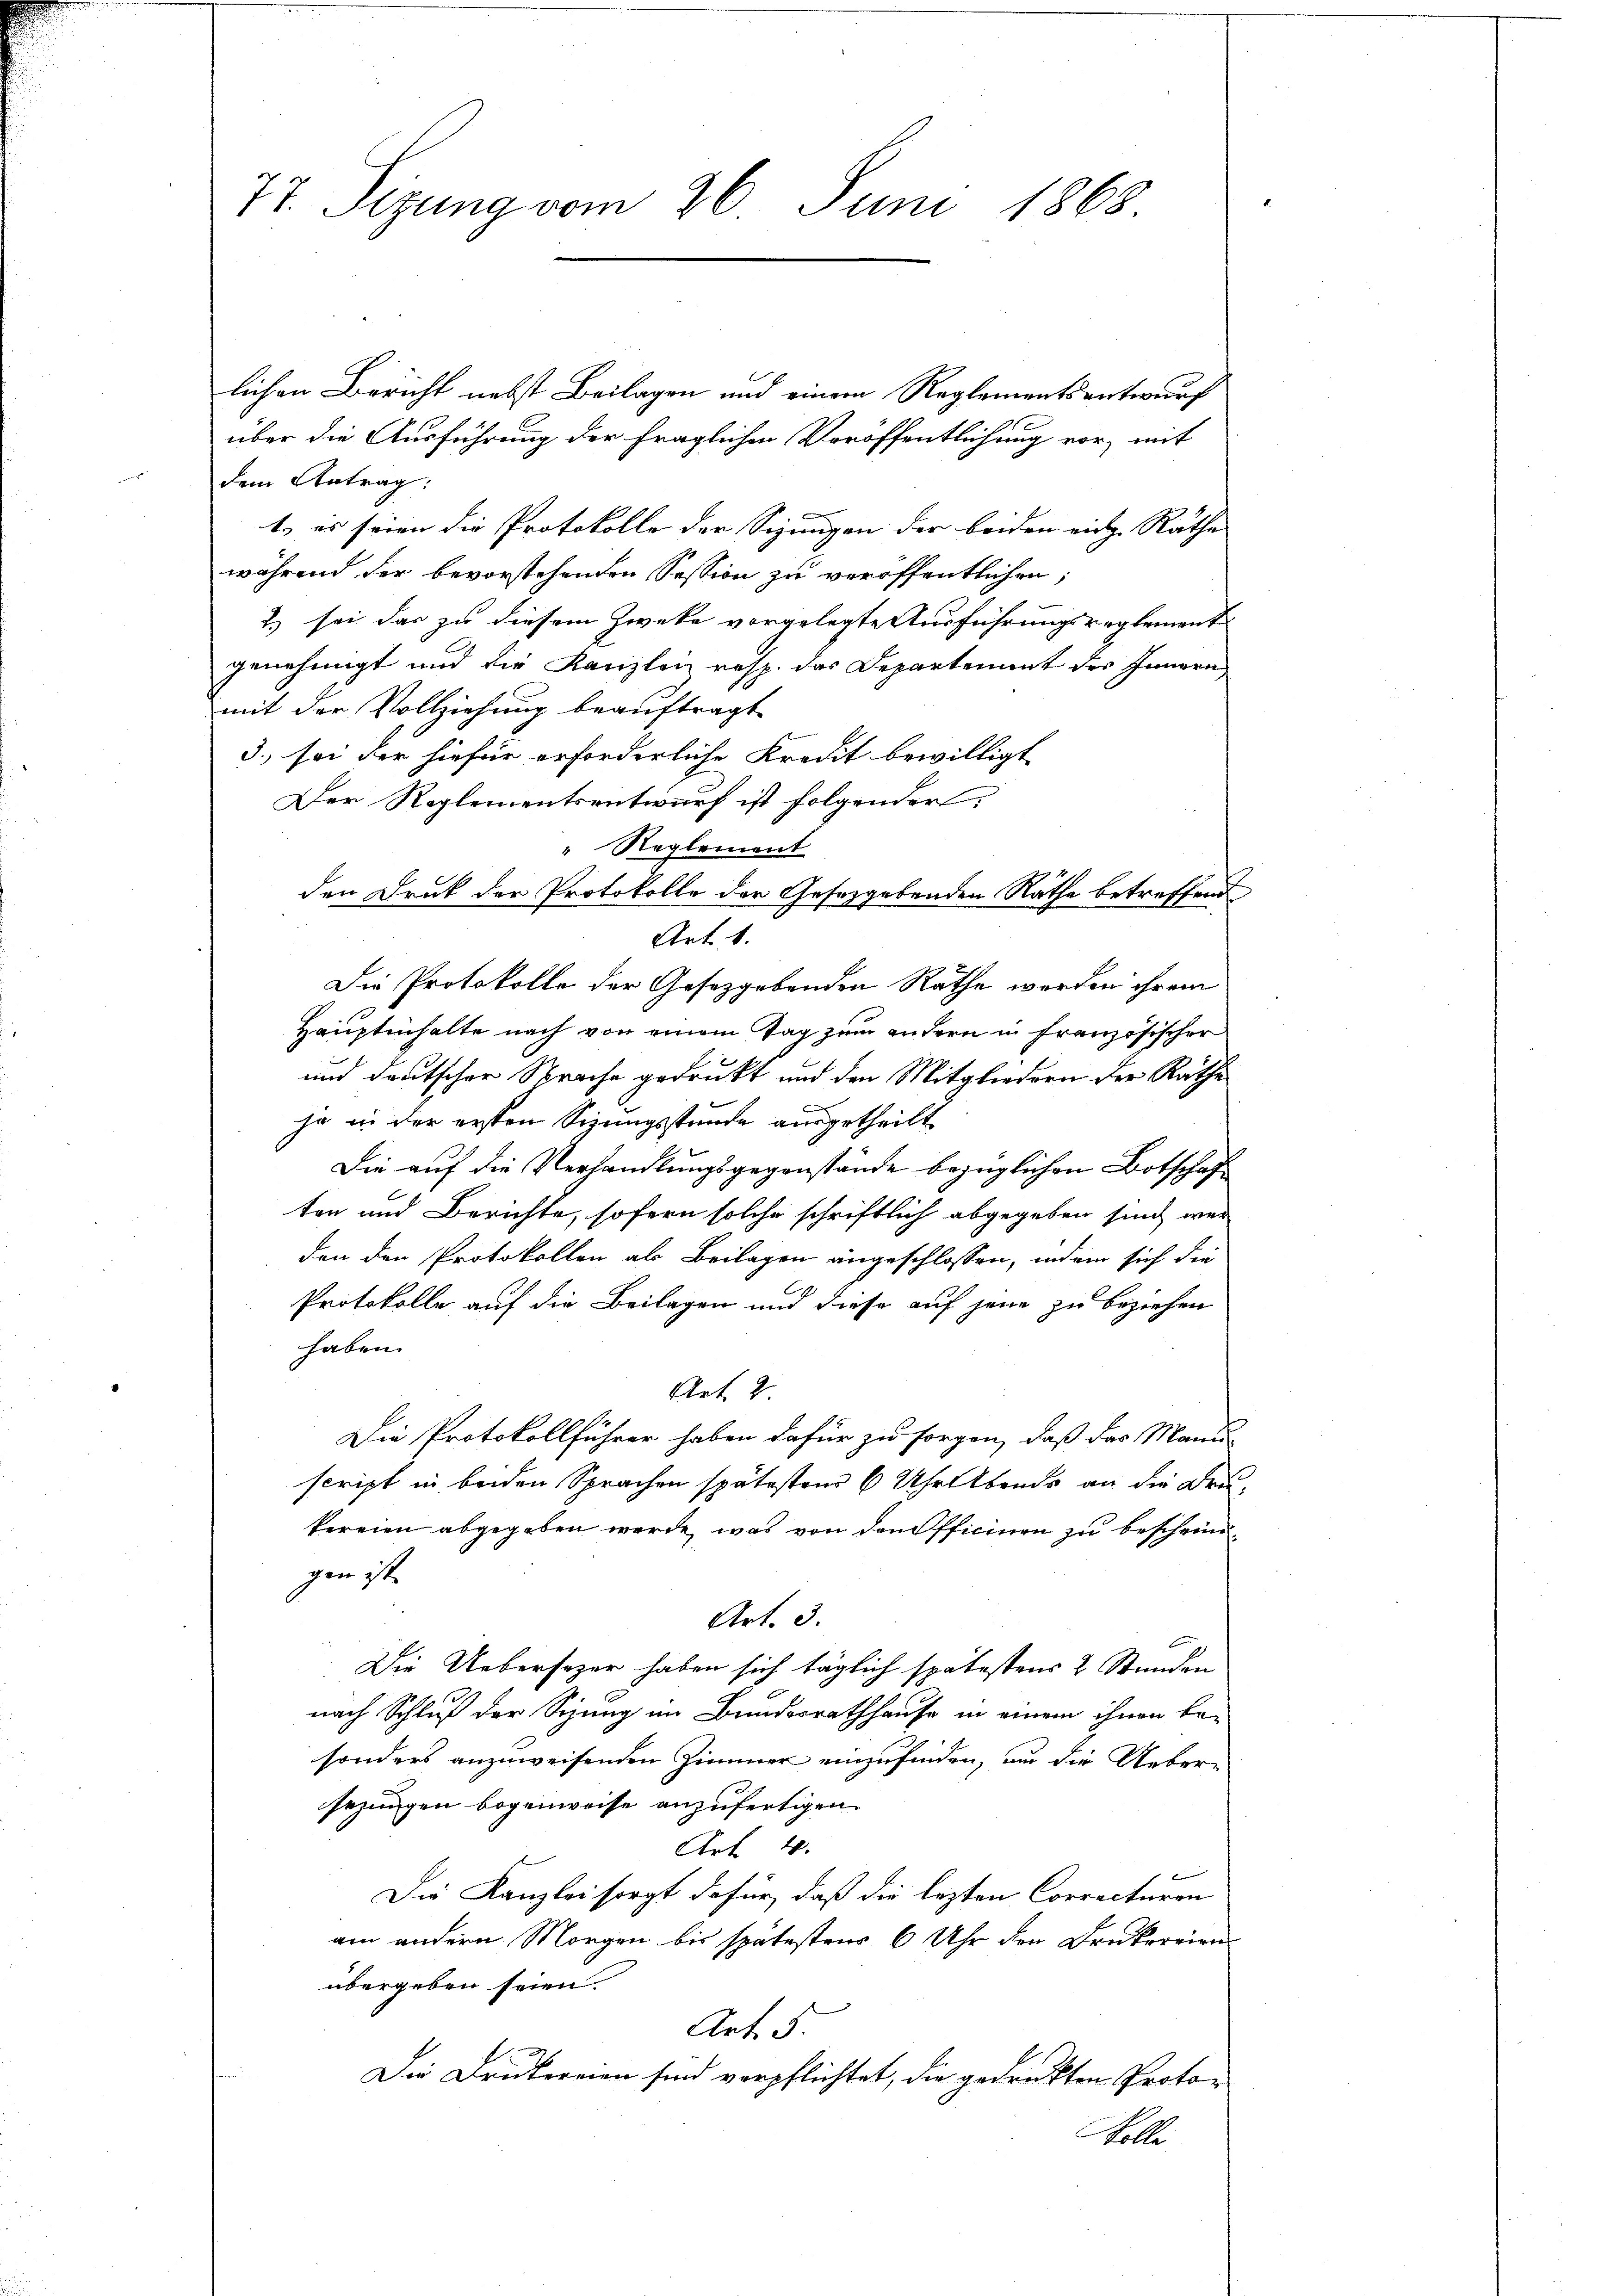
lichen Bericht nebst Beilagen und einem Reglementsentwurf
über die Ausführung der fraglichen Veröffentlichung vor, mit

dem Antrag:
t, es seien die Protokolle der Sizungen der beiden eidg. Rathe
während der bevorstehenden Session zu veröffentlichen,
2) sei das zu diesem Zwecke vorgelegte Ausführungsreglement
genehmigt und die Kanzlei resp. das Departement des Innern
mit der Vollziehung beauftragt
3. sei der hiefür erforderliche Kredit bewilligt
Der Reglementsentwurf ist folgender,
" Reglement
den Druk der Protokolle der Gesetzgebenden Rathe betreffend
Art. 1.
Die Protokolle der Gesetzgebenden Rathe werden ihrem
Hauptinhalte nach von einem Tag zum andern in französischer
und deutscher Sprache gedruckt und den Mitgliedern der Rathe
ja in der ersten Sizungsstunde ausgetheilt
Die auf die Verhandlungsgegenstände bezüglichen Botschaft
ten und Berichte, sofern solche schriftlich abgegeben sind, wer
den den Protokollen als Beilagen angeschlossen, indem sich die
Protokolle auf die Beilagen und diese auf jene zu beziehen
haben.
Art 2.
r
Die Protokollführer haben dafür zu sorgen, daß das Mann
script in beiden Sprachen spätestens 6 Uhr Abends an die Drukereien abgegeben werde, was von den Officinen zu bescheingen ist.
Art. 3.
Die Uebersozer haben sich täglich spätestens 2 Stunden
nach Schluß der Sitzung im Bundesrathhause in einem ihnen be-
sonders anzuweisenden Zimmer einzufinden, um die Ueber-
sezingen begenweise anzufertigen.
Art. 4.
Die Kanzlei sorgt dafür, daß die lezten Correcturen
am andern Morgen bis spätestens 6 Uhr den Drukereien
übergeben seien.
Art. 5.
Die Drukereien sind verpflichtet, die gedruckten Proto¬
Wolle

77. Sizung vom 26. Juni 1868.